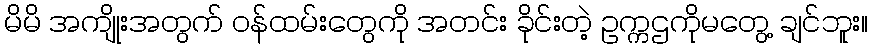
မိမိ အကျိုးအတွက် ဝန်ထမ်းတွေကို အတင်း ခိုင်းတဲ့ ဥက္ကဌကိုမတွေ့ ချင်ဘူး။